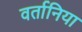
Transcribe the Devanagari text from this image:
वर्तानिया